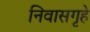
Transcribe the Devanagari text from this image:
निवासगृहे